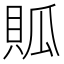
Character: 𧵟